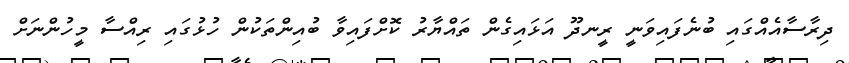
ދިރާސާއެއްގައި ބުނެފައިވަނީ ރީނދޫ އަޅައިގެން ތައްޔާރު ކޮށްފައިވާ ބުއިންތަކުން ހުޅުގައި ރިއްސާ މީހުންނަށް